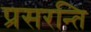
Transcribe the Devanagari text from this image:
प्रसरन्ति